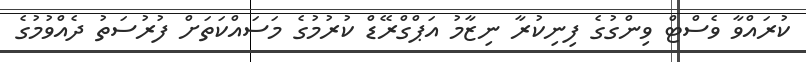
ކުރައްވާ ވެސްޓް ވިންގުގެ ފިނިކުރާ ނިޒާމު އަޕްގްރޭޑް ކުރުމުގެ މަސައްކަތަށް ފުރުސަތު ދެއްވުމުގެ